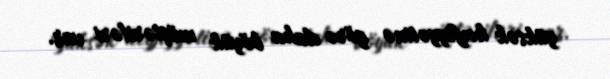
yüksək keyfiyyətinə görə daha böyük müştəriləri var.